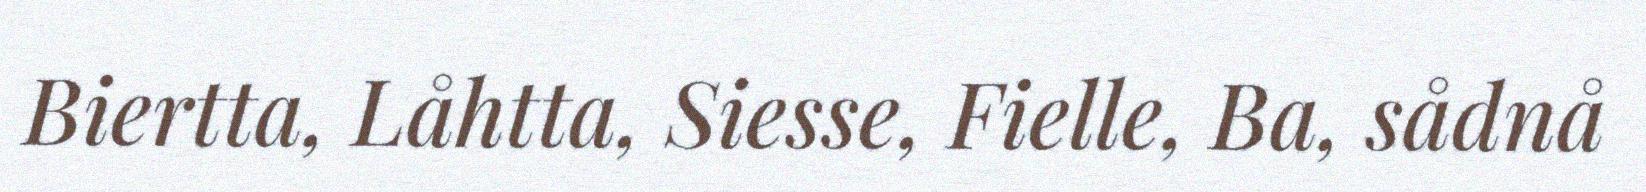
Biertta, Låhtta, Siesse, Fielle, Ba, sådnå